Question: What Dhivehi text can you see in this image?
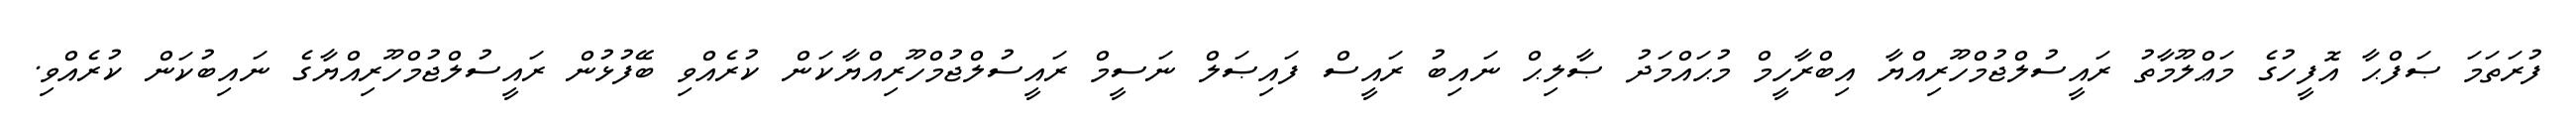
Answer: ފުރަތަމަ ޞަފްޙާ އޮފީހުގެ މަޢްލޫމާތު ރައީސުލްޖުމްހޫރިއްޔާ އިބްރާހީމް މުޙައްމަދު ޞާލިޙް ނައިބު ރައީސް ފައިޞަލް ނަސީމް ރައީސުލްޖުމްހޫރިއްޔާކަން ކުރެއްވި ބޭފުޅުން ރައީސުލްޖުމްހޫރިއްޔާގެ ނައިބުކަން ކުރެއްވި.